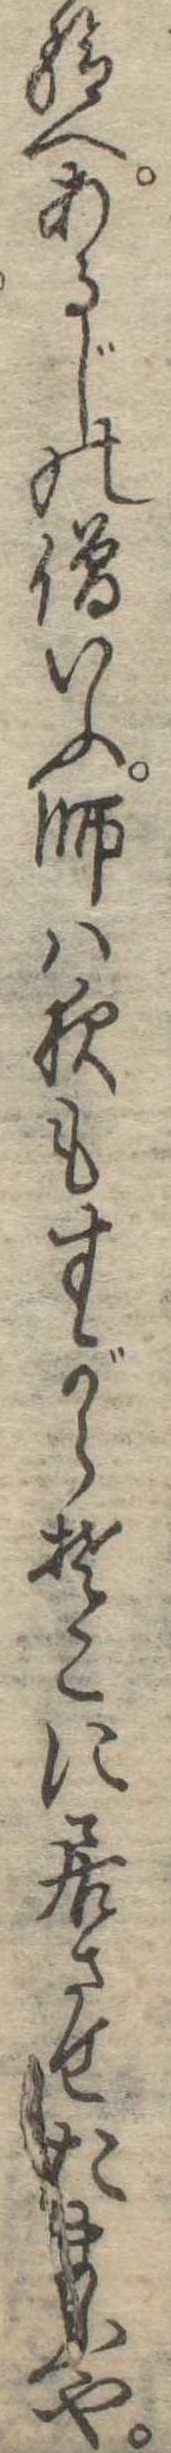
給へあるじの僧いふ師は夜もすがらそこに居させたまふや